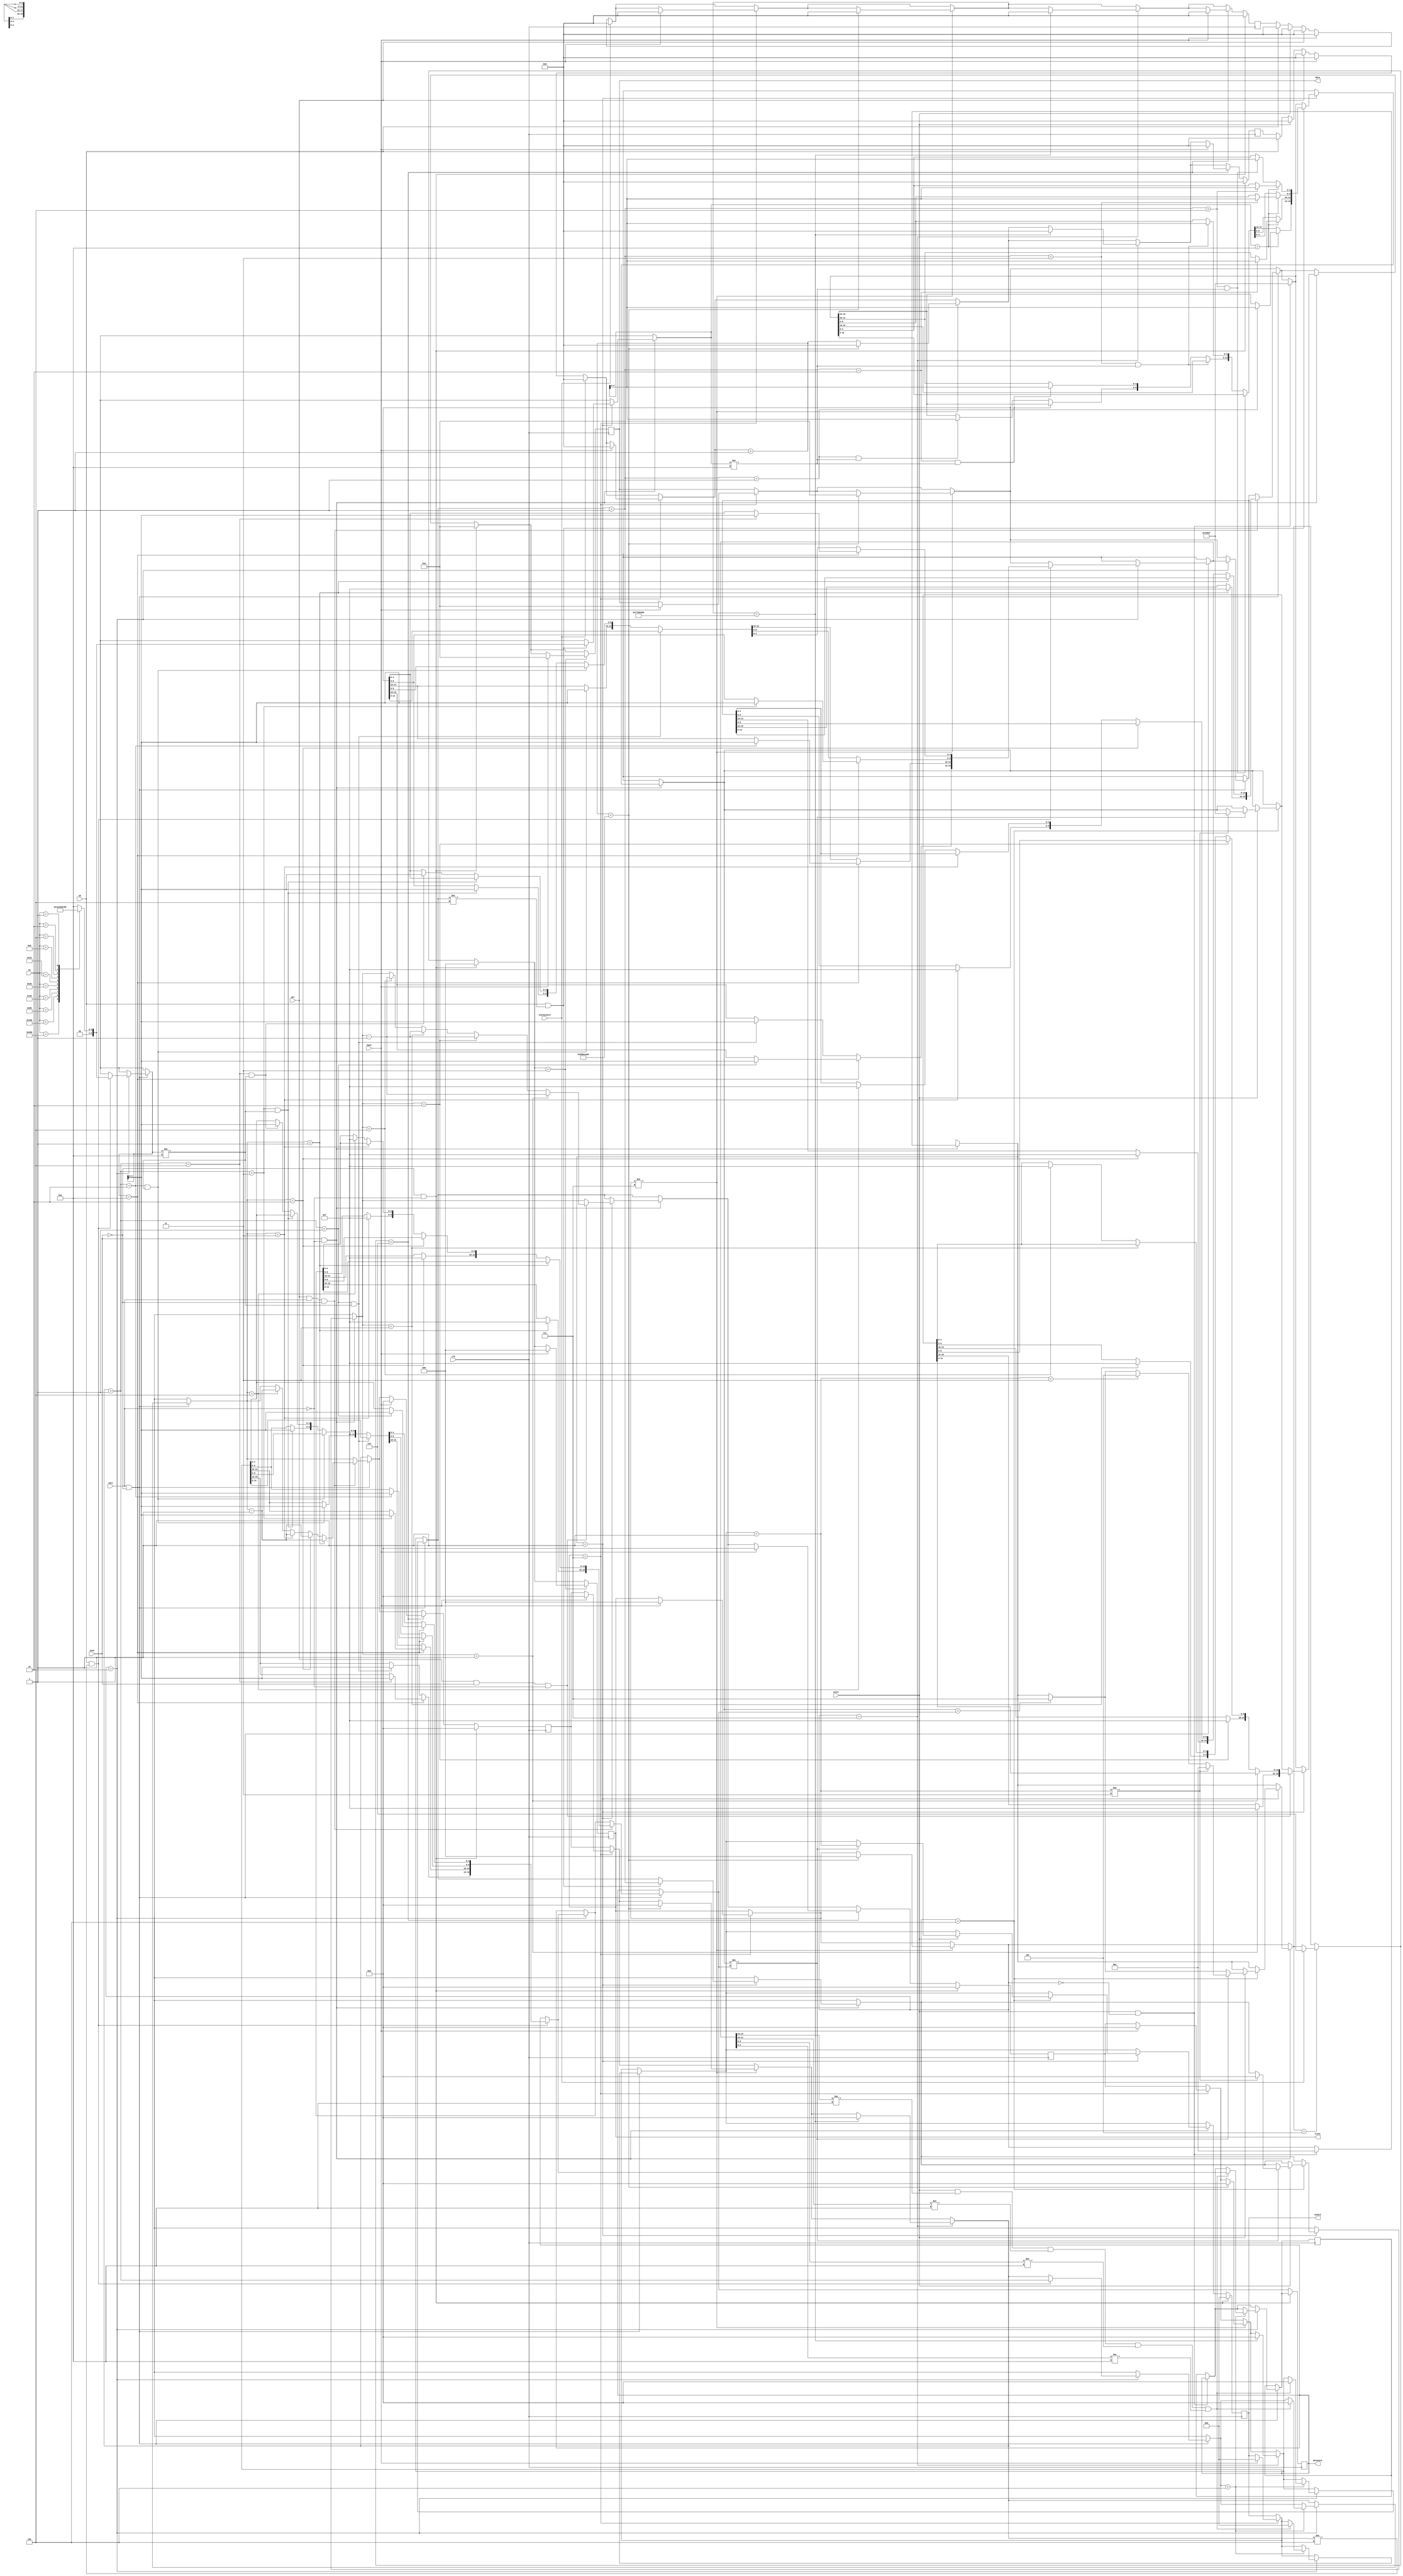
`timescale 1ns / 1ps
//////////////////////////////////////////////////////////////////////////////////
// Company: 
// Engineer: 
// 
// Design Name: 
// Module Name: pwpart
// Project Name: 
// Target Devices: 
// Tool Versions: 
// Description: 
// 
// Dependencies: 
// 
// Revision:
// Revision 0.01 - File Created
// Additional Comments:
// 
//////////////////////////////////////////////////////////////////////////////////


module pwpart(
    input clk,          //
    input del,          //
    input [9:0]sw,      //0~9 9
    input sw10,         //10
    input sw11,         //10
    input back,         //
    input enter,        //
    input ok,           //
    input alarmcancel,  //
    output reg [19:0] data,     //
    output reg [2:0]  state,    //000001,010(),011101,110,111count3
    output reg [19:0] password, //
    output reg [4:0] count3           //
    );
    
    reg[3:0] count1=0;   //
    reg[3:0] count2=0;  //   
    reg[32:0] s10=0;     //10s
    reg[32:0] s20=0;     //20s
    reg[5:0]  pd=5'b0;    //
    reg[19:0] pw=20'b0;   //
    reg swchange=0 ;
     
    
        initial
        begin
          data <= 20'b00000_00000_00000_00000;
          password <= 20'b00000_00000_00000_00000;//0
          state<=3'b000; //
          count3<=0;
          swchange<=0;
          count1<=0;
          count2<=0;
          s10<=0;
          s20<=0;
          pd<=0;
          pw<=20'b0;
        end
       
             
        always@(posedge clk)
        begin
        
        //s10s200  
        if(ok==1)begin s10=0;s20=0;end
        if(enter==1)begin s10=0;s20=0;end
        if(del==1)begin s10=0;s20=0;end
        if(back==1)begin s10=0;s20=0;end
        if(alarmcancel==1)begin s10=0;s20=0;end
        
//        /*
//        always@(posedge sw[0]) begin swchange=1;swchange=0;end
//        always@(posedge sw[1]) begin swchange=1;swchange=0;end
//        always@(posedge sw[2]) begin swchange=1;swchange=0;end
//        always@(posedge sw[3]) begin swchange=1;swchange=0;end
//        always@(posedge sw[4]) begin swchange=1;swchange=0;end
//        always@(posedge sw[5]) begin swchange=1;swchange=0;end
//        always@(posedge sw[6]) begin swchange=1;swchange=0;end
//        always@(posedge sw[7]) begin swchange=1;swchange=0;end
//        always@(posedge sw[8]) begin swchange=1;swchange=0;end
//        always@(posedge sw[9]) begin swchange=1;swchange=0;end
//        always@(posedge sw10)  begin swchange=1;swchange=0;end
//        always@(negedge sw[0]) begin swchange=1;swchange=0;end
//        always@(negedge sw[1]) begin swchange=1;swchange=0;end
//        always@(negedge sw[2]) begin swchange=1;swchange=0;end
//        always@(negedge sw[3]) begin swchange=1;swchange=0;end
//        always@(negedge sw[4]) begin swchange=1;swchange=0;end
//        always@(negedge sw[5]) begin swchange=1;swchange=0;end
//        always@(negedge sw[6]) begin swchange=1;swchange=0;end
//        always@(negedge sw[7]) begin swchange=1;swchange=0;end
//        always@(negedge sw[8]) begin swchange=1;swchange=0;end
//        always@(negedge sw[9]) begin swchange=1;swchange=0;end
//        always@(negedge sw10)  begin swchange=1;swchange=0;end
//        */
        
        //"back"
        
        if(state==3'b111)
            begin                                       
                if(back==1)
                begin
                state=3'b000;
                data=20'b00000_00000_00000_00000;
                count1=0;
                count2=0;
                count3=0;
                s10=0;
                s20=0;
                pd=0;
////                pw=0;
                end
            end                
        
        
        //10
        
        if(state!=3'b111)
            begin
            s10=s10+1;
            if(s10==1000000000)  
                begin
                state=3'b000;
                data=20'b00000_00000_00000_00000;
                count1=0;
                count2=0;
                count3<=0;
                s10=0;
                s20=0;
                pd=0;
//                pw=0;
                end                   
            end
        
        //20
        
        if(state==3'b111)
            begin
            s20<=s20+1;
            if(s20==2000000000) 
                begin
                state<=3'b000;
                data<=20'b00000_00000_00000_00000;
                count1=0;
                count2=0;
                count3<=0;
                s10=0;
                s20=0;
                pd=0;
//                pw=0;
                end                 
            end
         
          
          //                
          if(sw11==1 && sw10==0)
          begin 
          if(enter==1 && state==3'b000) begin state<=3'b010; pw=password; data<=20'b01111_01111_01111_01111;end//admin
//            else if(state==3'b010) begin password=pw;state<=3'b000;data<=20'b00000_00000_00000_00000;ad=0;end  //admin
          if(state==3'b010)
            begin
            if(ok==1 && count1!=4)  //9okdata4'b1110
                begin
                case(sw)
                10'b1000000000:pd=5'b00000;
                10'b0100000000:pd=5'b00001;
                10'b0010000000:pd=5'b00010;
                10'b0001000000:pd=5'b00011;
                10'b0000100000:pd=5'b00100;
                10'b0000010000:pd=5'b00101;
                10'b0000001000:pd=5'b00110;
                10'b0000000100:pd=5'b00111;
                10'b0000000010:pd=5'b01000;
                10'b0000000001:pd=5'b01001;
                default:pd=5'b01010;
                endcase
                count1=count1+1;
                if(pd==5'b01010) // 
                    begin 
                    if(count1==4) begin password[19:15]=pd;data[4:0]=pd;end 
                    if(count1==3) begin password[14:10]=pd;data[9:5]=pd;end
                    if(count1==2) begin password[9:5]=pd;data[14:10]=pd;end
                    if(count1==1) begin password[4:0]=pd;data[19:15]=pd;end
                    end
                    else if(count1==1&&pd!=5'b01010) begin password[19:15]=pd;data[19:15]=pd;end      
                    else if(count1==2&&pd!=5'b01010) begin password[14:10]=pd;data[14:10]=pd;end 
                    else if(count1==3&&pd!=5'b01010) begin password[9:5]=pd;data[9:5]=pd;end 
                    else if(count1==4&&pd!=5'b01010) begin password[4:0]=pd;data[4:0]=pd;end
                    end
                if(count1==4) //enter
                    begin
                    if(enter==1&&data[19:15]!=5'b01010&&data[14:10]!=5'b01010&&data[9:5]!=5'b01010&&data[4:0]!=5'b01010)    
                    begin
                    pw=password;
//                    data<=20'b00000_00000_00000_00000;
                    count1=0;
                    count2=0;
                    count3=0;
                    pd=0;
                    state<=3'b011; 
                    end
                    end
            end 
            //        
          if(del==1 && sw11==1 && sw10==0)
            begin
            if(count1==1) begin password[19:15]=5'b01111;data[19:15]=5'b01111;count1=count1-1;end 
            else if(count1==2) begin password[14:10]=5'b01111;data[14:10]=5'b01111;count1=count1-1;end
            else if(count1==3) begin password[9:5]=5'b01111;data[9:5]=5'b01111;count1=count1-1;end
            else if(count1==4) begin password[4:0]=5'b01111;data[4:0]=5'b01111;count1=count1-1;end
            end 
          end
          
          //4
          if(sw10==1&& sw11==0)//SW[10]1
          begin
          if(enter==1 && state==3'b000) begin state=3'b001;data=20'b01111_01111_01111_01111;end
          if(state==3'b001)  //9okdata4'b1110
            begin
            if(ok==1 && count2!=4 )
                begin
                case(sw) 
                10'b1000000000:pd=5'b00000;
                10'b0100000000:pd=5'b00001;
                10'b0010000000:pd=5'b00010;
                10'b0001000000:pd=5'b00011;
                10'b0000100000:pd=5'b00100;
                10'b0000010000:pd=5'b00101;
                10'b0000001000:pd=5'b00110;
                10'b0000000100:pd=5'b00111;
                10'b0000000010:pd=5'b01000;
                10'b0000000001:pd=5'b01001;
                default:pd=5'b01010;
                endcase
                count2=count2+1;
            if(pd==5'b01010) // 
                begin 
                if(count2==4) data[4:0]=pd;
                if(count2==3) data[9:5]=pd;
                if(count2==2) data[14:10]=pd;
                if(count2==1) data[19:15]=pd;
                end
            else if(count2==4&&pd!=5'b01010) data[4:0]=pd;
            else if(count2==3&&pd!=5'b01010) data[9:5]=pd; 
            else if(count2==2&&pd!=5'b01010) data[14:10]=pd; 
            else if(count2==1&&pd!=5'b01010) data[19:15]=pd; 
            end
            if(count2==4)
                    begin
                    if(enter==1)
                        begin
                        if(data==password) begin state=3'b111;end//
                        if(data!=password) //count3count33
                            begin
                            count3=count3+1;
                            if(count3!=3)
                                begin
                                state=3'b001;
                                data=20'b01111_01111_01111_01111;
                                count2=0;
                                end
                                else if(count3==3) state=3'b101;
                            end
                        end
                    end
                    
               //  
                if(del==1 && sw10==1 && sw11==0)
                begin
                if(count2==1) begin data[19:15]=5'b01111;count2=count2-1;end
                else if(count2==2) begin data[14:10]=5'b01111;count2=count2-1;end
                else if(count2==3) begin data[9:5]=5'b01111;count2=count2-1;end
                else if(count2==4) begin data[4:0]=5'b01111;count2=count2-1;end                              
                end
            end
          end
          
          
          //back
         
          if(state==3'b101)
            begin
            if(alarmcancel==1) state=3'b110;
            end
            if(state==3'b110)
              begin
              if(back==1) 
                begin
                state<=3'b000;
                data<=20'b00000_00000_00000_00000;
                count1=0;
                count2=0;
                count3<=0;
                s10=0;
                s20=0;
                pd=0;
//                pw=0;
                end
              end
         
         
          
          //sw10sw110                  
          if(sw10==0 && sw11==0)
          begin
            state=3'b000;
            data=20'b00000_00000_00000_00000;
            password=pw;
            count1=0;
            count2=0;
            count3=0;
            s10=0;
            s20=0;
            pd=0;
//            pw=0;
          end
           
        
        //back
          
        if(state==3'b011)
            begin
            if(back==1) begin state<=3'b000;data=20'b00000_00000_00000_00000;end
            end
     
        end
              
        
                                        
endmodule